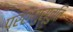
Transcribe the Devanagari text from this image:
परशंमुस्तुति